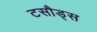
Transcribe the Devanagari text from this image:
टसौड्स